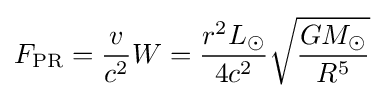
F_{\text{PR}}={\frac {v}{c^{2}}}W={\frac {r^{2}L_{\odot }}{4c^{2}}}{\sqrt {\frac {GM_{\odot }}{R^{5}}}}